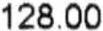
128.00